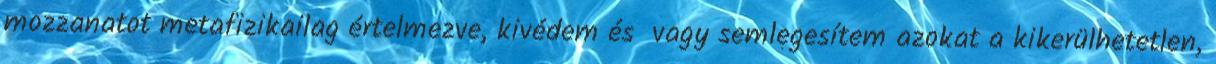
mozzanatot metafizikailag értelmezve, kivédem és vagy semlegesítem azokat a kikerülhetetlen,